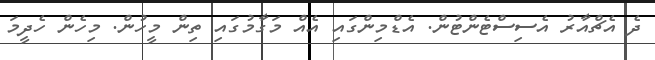
ދެ އެޗްއާރު އެސިސްޓެންޓުން. އެޑްމިންގައި އެއް މަގާމުގައި ތިން މީހުން. މިހެން ހެދީމަ